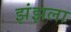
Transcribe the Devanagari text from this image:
झंझला